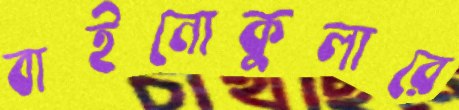
বাইনোকুলারে